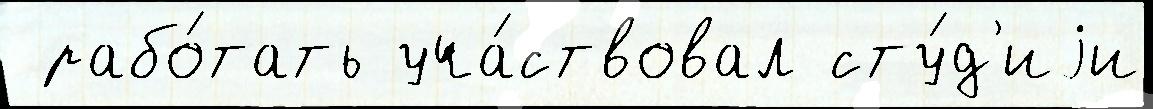
 рабо́тать уча́ствовал сту́д'иjи